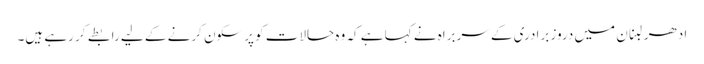
ادھر لبنان میں دروز برادری کے سربراہ نے کہا ہے کہ وہ حالات کو پرسکون کرنے کے لیے رابطے کر رہے ہیں۔